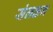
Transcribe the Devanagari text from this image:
संलक्षन